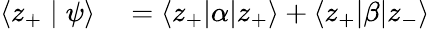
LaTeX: \begin{array}{rl}{\langle z_{+}\mid\psi\rangle}&{{}=\langle z_{+}|\alpha|z_{+}\rangle+\langle z_{+}|\beta|z_{-}\rangle}\end{array}